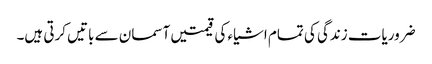
ضروریات زندگی کی تمام اشیاء کی قیمتیں آسمان سے باتیں کرتی ہیں۔